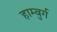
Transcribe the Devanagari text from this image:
हाम्बुर्ग